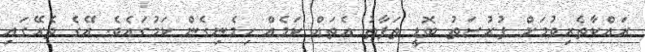
ރައްކާތެރިވުމަށް ފުރުސަތު ބޮޑީ ތަފާތު އެތައް ކަމެއް ހިމެނިގެން ކަމުގައެވެ. އޭގެ ތެރޭގައި